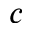
c